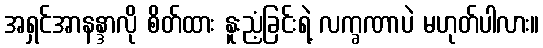
အရှင်အာနန္ဒာလို စိတ်ထား နူးညံ့ခြင်းရဲ့ လက္ခဏာပဲ မဟုတ်ပါလား။